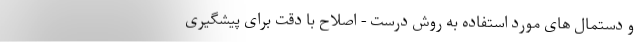
و دستمال های مورد استفاده به روش درست - اصلاح با دقت برای پیشگیری